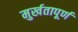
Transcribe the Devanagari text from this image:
मुर्खतापूर्ण